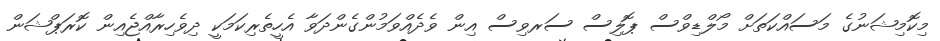
މިކޮމިޝަނުގެ މަސައްކަތަށް މޯލްޑިވްސް ޕޮލިސް ސަރވިސް އިން ވެދެއްވަމުންގެންދަވާ އެހީތެރިކަމަކީ ދިވެހިރާއްޖެއިން ކޮރަޕްޝަން